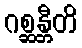
ဂစ္ဆန္တီတိ